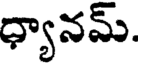
ధ్యానమ్.